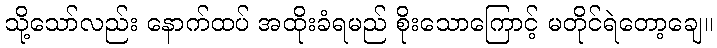
သို့သော်လည်း နောက်ထပ် အထိုးခံရမည် စိုးသောကြောင့် မတိုင်ရဲတော့ချေ။